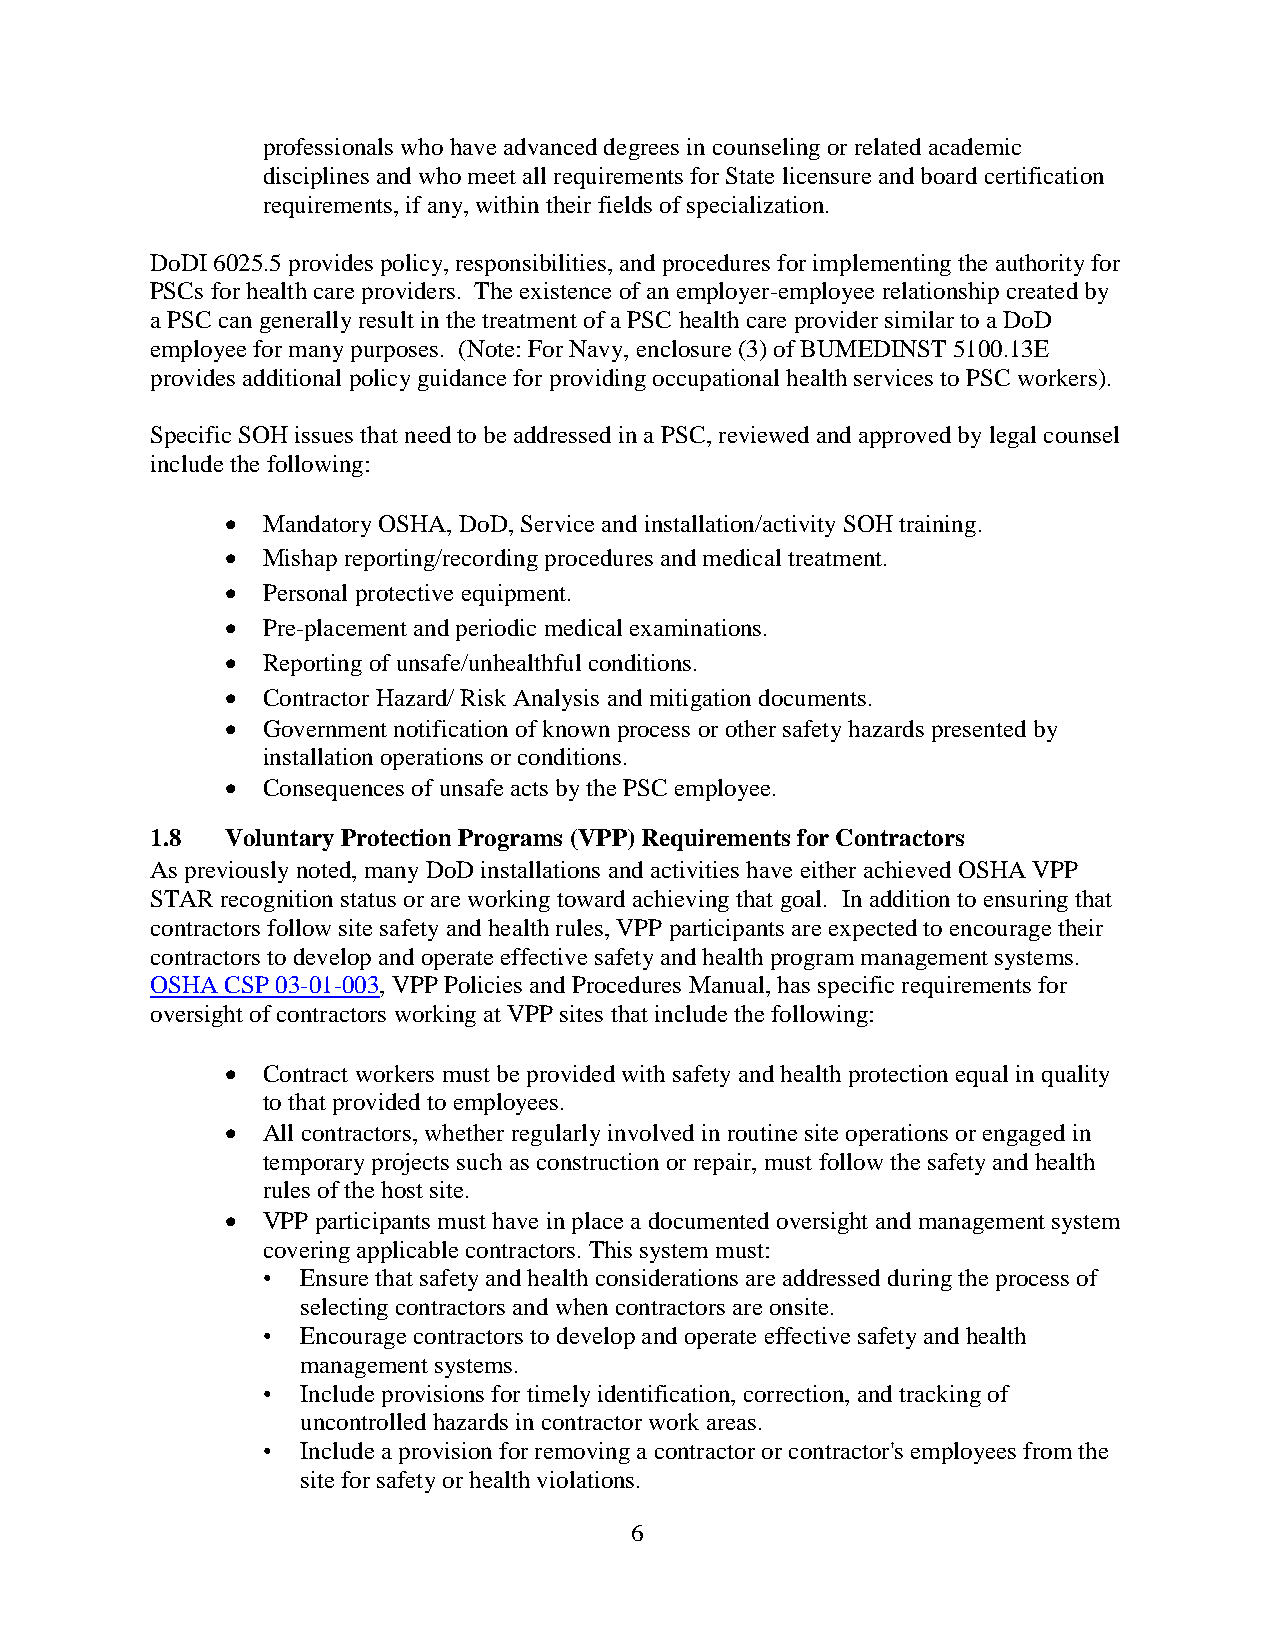
professionals who have advanced degrees in counseling or related academic
 disciplines and who meet all requirements for State licensure and board certification
 requirements, if any, within their fields of specialization.
 DoDI 6025.5 provides policy, responsibilities, and procedures for implementing the authority for
 PSCs for health care providers. The existence of an employer-employee relationship created by
 a PSC can generally result in the treatment of a PSC health care provider similar to a DoD
 employee for many purposes. (Note: For Navy, enclosure (3) of BUMEDINST 5100.13E
 provides additional policy guidance for providing occupational health services to PSC workers).
 Specific SOH issues that need to be addressed in a PSC, reviewed and approved by legal counsel
 include the following:
  Mandatory OSHA, DoD, Service and installation/activity SOH training.
  Mishap reporting/recording procedures and medical treatment.
  Personal protective equipment.
  Pre-placement and periodic medical examinations.
  Reporting of unsafe/unhealthful conditions.
  Contractor Hazard/ Risk Analysis and mitigation documents.
  Government notification of known process or other safety hazards presented by
 installation operations or conditions.
  Consequences of unsafe acts by the PSC employee.
 1.8  Voluntary Protection Programs (VPP) Requirements for Contractors
 As previously noted, many DoD installations and activities have either achieved OSHA VPP
 STAR recognition status or are working toward achieving that goal. In addition to ensuring that
 contractors follow site safety and health rules, VPP participants are expected to encourage their
 contractors to develop and operate effective safety and health program management systems.
 OSHA CSP 03-01-003, VPP Policies and Procedures Manual, has specific requirements for
 oversight of contractors working at VPP sites that include the following:
  Contract workers must be provided with safety and health protection equal in quality
 to that provided to employees.
  All contractors, whether regularly involved in routine site operations or engaged in
 temporary projects such as construction or repair, must follow the safety and health
 rules of the host site.
  VPP participants must have in place a documented oversight and management system
 covering applicable contractors. This system must:
 •  Ensure that safety and health considerations are addressed during the process of
 selecting contractors and when contractors are onsite.
 •  Encourage contractors to develop and operate effective safety and health
 management systems.
 •  Include provisions for timely identification, correction, and tracking of
 uncontrolled hazards in contractor work areas.
 •  Include a provision for removing a contractor or contractor's employees from the
 site for safety or health violations.
 6